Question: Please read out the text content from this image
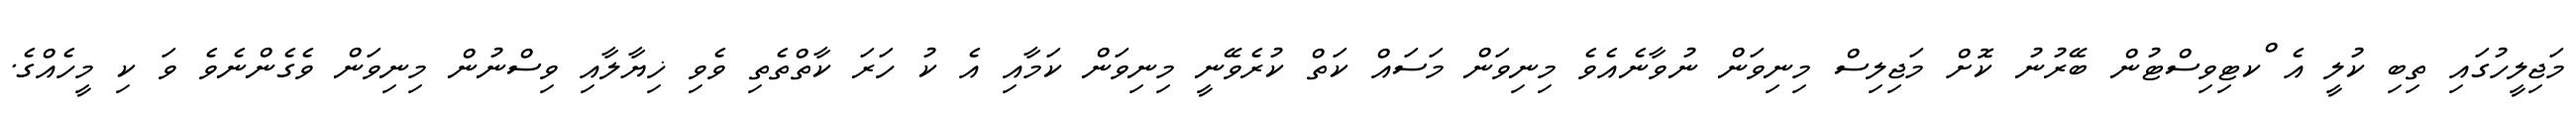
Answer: މަޖިލީހުގައި ތިބި ކުލީ އެ ްކޓިވިސްޓުން ބޭރުނު ކޮށް މަޖިލިސް މިނިވަން ނުވާނެއެވެ މިނިވަން މަސައް ކަތް ކުރެވޭނީ މިނިވަން ކަމާއި އެ ކު ހަރަ ކާތްތެތި ވެވި ޚިޔާލާއި ވިސްނުން މިނިވަން ވެގެންނެވެ ވަ ކި މީހެއްގެ.